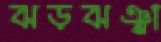
ঝড়ঝঞ্ঝা